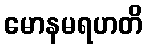
မောနမရဟတိ